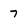
Character: 7